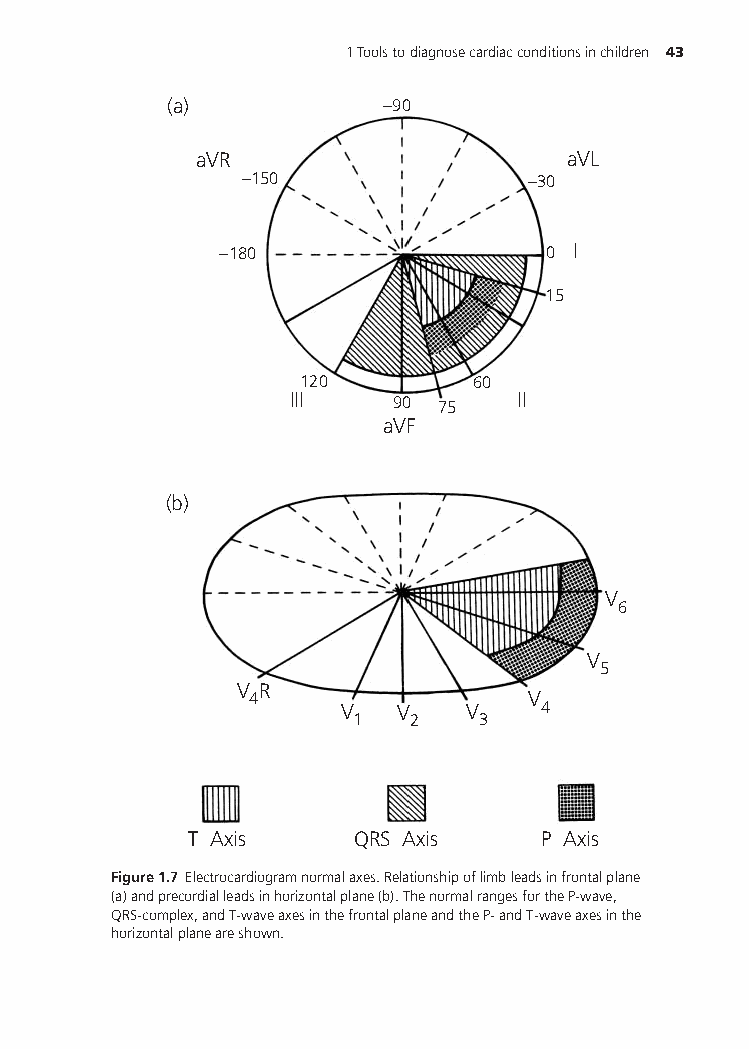
1Toolstodiagnosecardiacconditionsinchildren 43
 (a)            −90
 aVR                      aVL
 −150               −30
 −180                  0 I
 15
 120         60
 III   90 75    II
 aVF
 (b)
 V
 6
 V
 5
 V R
 4                 V
 V   V   V    4
 1   2   3
 T Axis     QRS Axis    P Axis
 Figure1.7 Electrocardiogramnormalaxes.Relationshipoflimbleadsinfrontalplane
 (a)andprecordialleadsinhorizontalplane(b).ThenormalrangesfortheP-wave,
 QRS-complex,andT-waveaxesinthefrontalplaneandtheP-andT-waveaxesinthe
 horizontalplaneareshown.